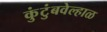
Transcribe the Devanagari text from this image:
कुंटुंबवेल्हाळ